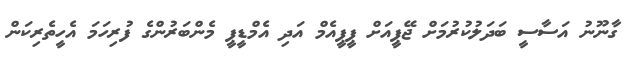
ގާނޫނު އަސާސީ ބަދަލުކުރުމަށް ޖޭޕީއަށް ޕީޕީއެމް އަދި އެމްޑީޕީ މެންބަރުންގެ ފުރިހަމަ އެހީތެރިކަން